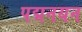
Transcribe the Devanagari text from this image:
पद्मनयन